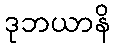
ဒုဘယာနိ